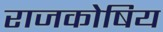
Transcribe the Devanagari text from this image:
राजकोषिय